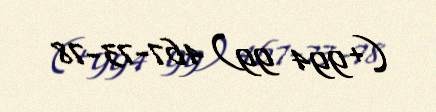
(+994 99) 467-73-78